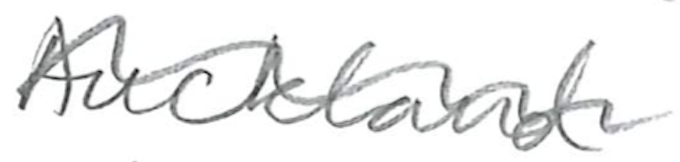
Text: Auckland
Cross-out: mix
Writing tool: pencil